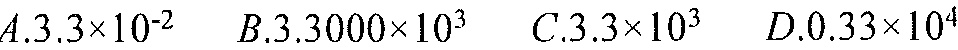
$A.3.3\times10^{-2}\quad B.3.3000\times10^{3}\quad C.3.3\times10^{3}\quad D.0.33\times10^{4}$